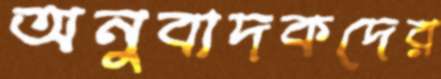
অনুবাদকদের